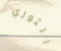
الثوري